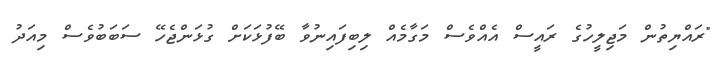
"ރައްޔިތުން މަޖިލީހުގެ ރައީސް އެއްވެސް މަގާމެއް ލިބިފައިނުވާ ބޭފުޅަކަށް ގުޅަންޖެހޭ ސަބަބުވެސް މިއަދު